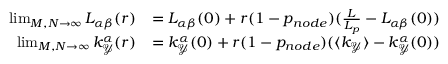
\begin{array} { r l } { \operatorname* { l i m } _ { M , N \to \infty } L _ { \alpha \beta } ( r ) } & { = L _ { \alpha \beta } ( 0 ) + r ( 1 - p _ { n o d e } ) ( \frac { L } { L _ { p } } - L _ { \alpha \beta } ( 0 ) ) } \\ { \operatorname* { l i m } _ { M , N \to \infty } k _ { \mathcal { Y } } ^ { \alpha } ( r ) } & { = k _ { \mathcal { Y } } ^ { \alpha } ( 0 ) + r ( 1 - p _ { n o d e } ) ( \langle k _ { \mathcal { Y } } \rangle - k _ { \mathcal { Y } } ^ { \alpha } ( 0 ) ) } \end{array}